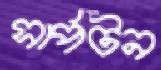
সার্পটন